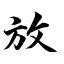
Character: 放